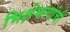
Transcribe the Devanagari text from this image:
भिक्षेकऱ्यांची